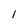
Character: 1